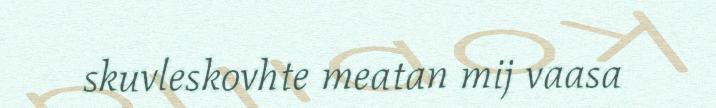
skuvleskovhte meatan mij vaasa